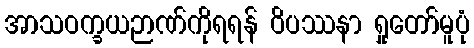
အာသဝက္ခယဉာဏ်ကိုရရန် ဝိပဿနာ ရှုတော်မူပုံ